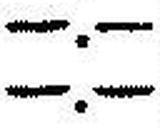
—.—